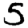
Digit: 5